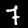
Digit: 7